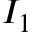
I _ { 1 }